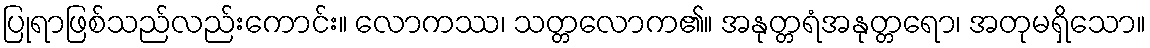
ပြုရာဖြစ်သည်လည်းကောင်း။ လောကဿ၊ သတ္တလောက၏။ အနုတ္တရံအနုတ္တရော၊ အတုမရှိသော။